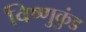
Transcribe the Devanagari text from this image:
विष्णुकुंड